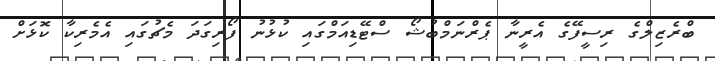
ބްރެޒިލްގެ ރިސީފޭގެ އެރީނާ ޕެރްނަމްބުޝޯ ސްޓޭޑިއަމްގައި ކުޅުނު ފޯރިގަދަ މެޗުގައި އެމެރިކާ ކޮޅަށް